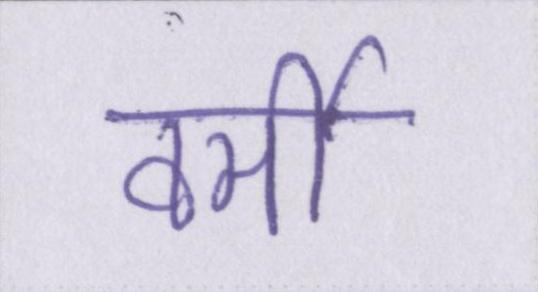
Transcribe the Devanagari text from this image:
वर्मी